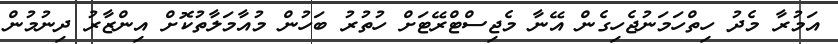
އަމުރާ މެދު ހިތްހަމަނުޖެހިގެން އޭނާ މެޖިސްޓްރޭޓަށް ހުތުރު ބަހުން މުއާމަލާތުކޮށް އިންޒާރު ދިނުމުން